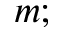
m ;